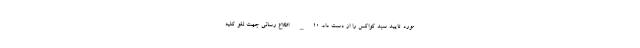
مورد تایید سبد کواکس را از دست داد. ۱۰_ اطلاع رسانی جهت لغو کلیه